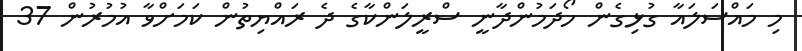
މި މައްސަލައާ ގުޅިގެން ހޯދަމުންދާނީ ސްރީލަންކާގެ ދެ ރައްޔިތުން ކަމަށްވާ އުމުރުން 37